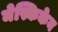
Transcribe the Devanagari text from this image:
मेस्किकेन